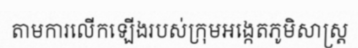
តាមការលើកឡើងរបស់ក្រុមអង្កេតភូមិសាស្ត្រ